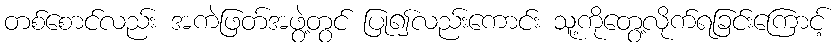
တစ်စောင်လည်း အကဲဖြတ်အဖွဲ့တွင် ပြု၍လည်းကောင်း သူ့ကိုတွေ့လိုက်ရခြင်းကြောင့်